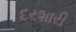
દરશારી